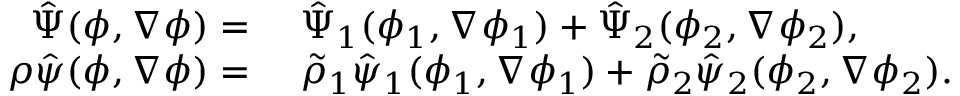
\begin{array} { r l } { \hat { \Psi } ( \phi , \nabla \phi ) = } & { ~ \hat { \Psi } _ { 1 } ( \phi _ { 1 } , \nabla \phi _ { 1 } ) + \hat { \Psi } _ { 2 } ( \phi _ { 2 } , \nabla \phi _ { 2 } ) , } \\ { \rho \hat { \psi } ( \phi , \nabla \phi ) = } & { ~ \tilde { \rho } _ { 1 } \hat { \psi } _ { 1 } ( \phi _ { 1 } , \nabla \phi _ { 1 } ) + \tilde { \rho } _ { 2 } \hat { \psi } _ { 2 } ( \phi _ { 2 } , \nabla \phi _ { 2 } ) . } \end{array}